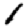
Digit: 1